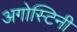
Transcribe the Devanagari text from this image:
अगोस्टिनी